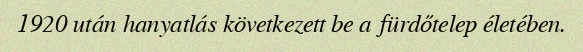
1920 után hanyatlás következett be a fürdőtelep életében.